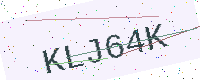
Text: KLJ64K